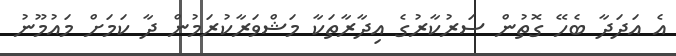
އެ އަދަދާ ބެހޭ ގޮތުން ސަރުކާރުގެ އިދާރާތަކާ މަޝްވަރާކުރަމުން ދާ ކަމަށް މައުމޫނު